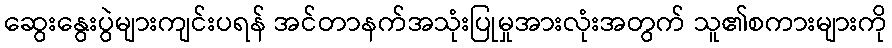
ဆွေးနွေးပွဲများကျင်းပရန် အင်တာနက်အသုံးပြုမှုအားလုံးအတွက် သူ၏စကားများကို